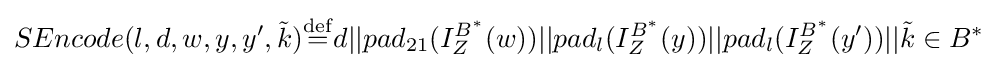
SEncode(l,d,w,y,y',{\tilde {k}}){\stackrel {\mathrm {def} }{=}}d||pad_{21}(I_{Z}^{B^{\ast }}(w))||pad_{l}(I_{Z}^{B^{\ast }}(y))||pad_{l}(I_{Z}^{B^{\ast }}(y'))||{\tilde {k}}\in B^{\ast }